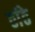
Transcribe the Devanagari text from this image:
ठांठे